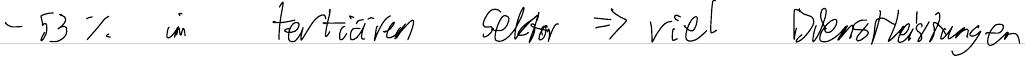
- 53 % im tertiären Sektor => viel Dienstleistungen